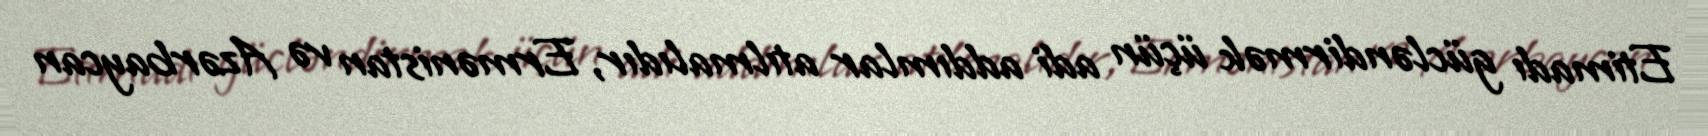
Etimadı gücləndirmək üçün adi addımlar atılmalıdır, Ermənistan və Azərbaycan